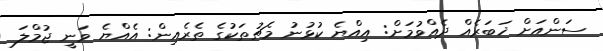
ސަންއަށް ޚަބަރެއް ދެއްވުމަށް: އިއްޔެ ކުޅުނު މެޗުތަކުގެ ތެރެއިން: އެއްޔެ ވަނީ ޖުމްލަ